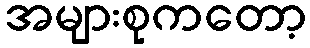
အများစုကတော့